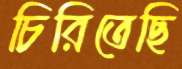
চিরিতেছি